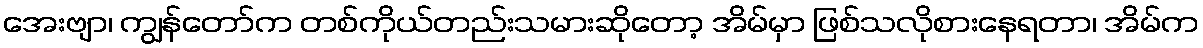
အေးဗျာ၊ ကျွန်တော်က တစ်ကိုယ်တည်းသမားဆိုတော့ အိမ်မှာ ဖြစ်သလိုစားနေရတာ၊ အိမ်က